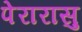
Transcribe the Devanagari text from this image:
पेरारासु